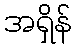
အရှိန်